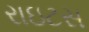
રાઇટસ